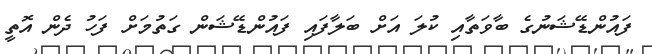
ފައުންޑޭޝަނުގެ ބާވަތާއި ކުލަ އަށް ބަލާފައި ފައުންޑޭޝަން ގަތުމަށް ފަހު ދެން އޮތީ